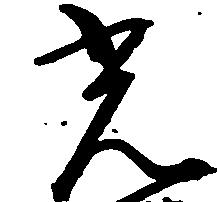
光